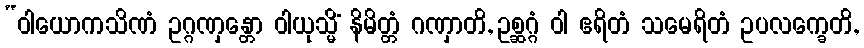
“ဝါယောကသိဏံ ဥဂ္ဂဏှန္တော ဝါယုသ္မိံ နိမိတ္တံ ဂဏှာတိ, ဥစ္ဆဂ္ဂံ ဝါ ဧရိတံ သမေရိတံ ဥပလက္ခေတိ,